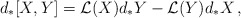
\begin{align*} d_*[X,Y]={\cal L}(X)d_*Y-{\cal L}(Y)d_*X\,, \end{align*}